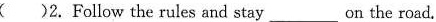
( ) 2.Follow the rules and stay___on the road.